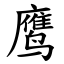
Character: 鹰